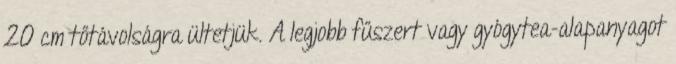
20 cm tőtávolságra ültetjük. A legjobb fűszert vagy gyógytea-alapanyagot